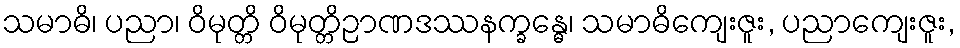
သမာဓိ၊ ပညာ၊ ဝိမုတ္တိ ဝိမုတ္တိဉာဏဒဿနက္ခန္ဓေ၊ သမာဓိကျေးဇူး, ပညာကျေးဇူး,